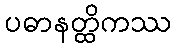
ပဓာနတ္ထိကဿ